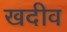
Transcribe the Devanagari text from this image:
खदीव